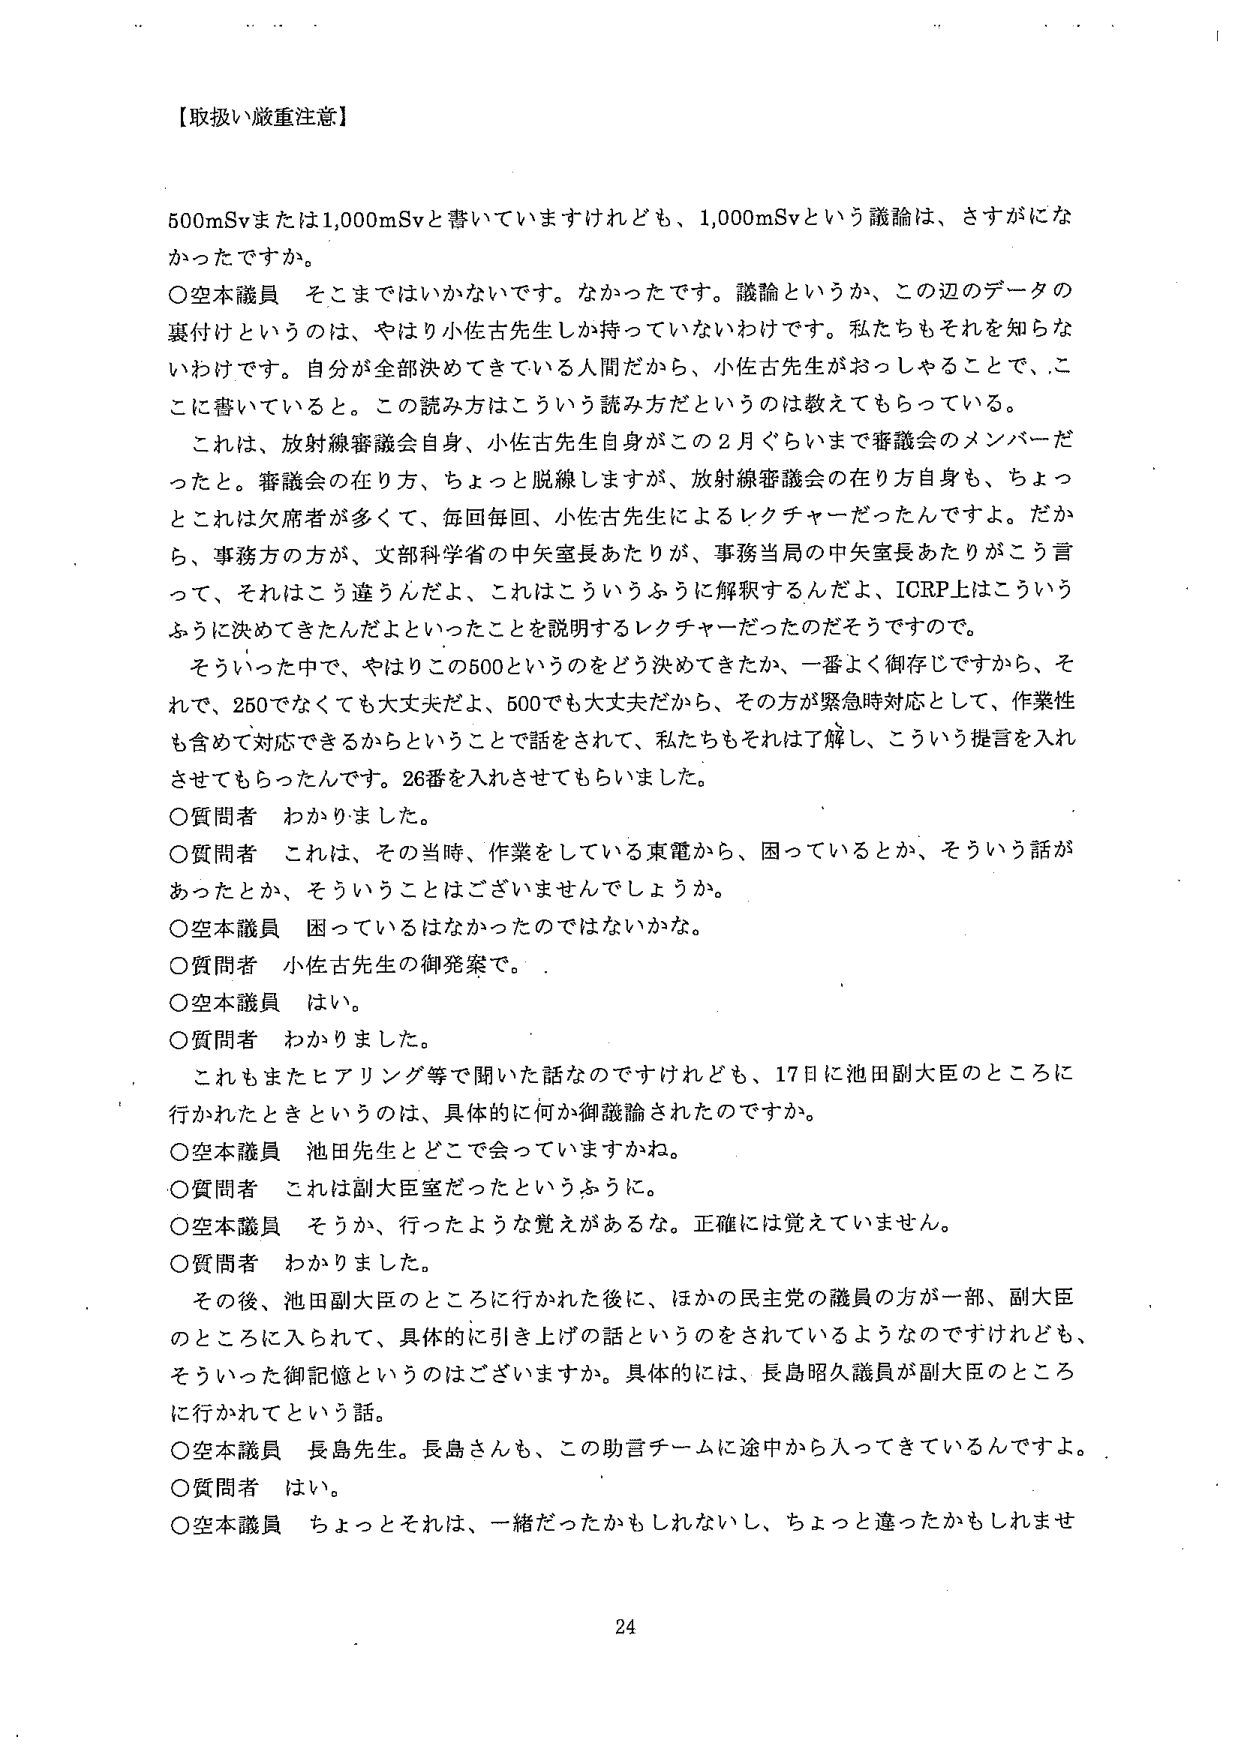
【取扱い厳重注意】

500mSvまたは1,000mSvと書いていますけれども、1,000mSvという議論は、さすがになかったですか。

○空本議員　そこまではいかないですね。なかったです。議論というか、この辺のデータの裏付けというのは、やはり小佐古先生しか持っていないわけです。私たちもそれを知らないわけです。自分が全部決めてきている人間だから、小佐古先生がおっしゃることで、ここに書いていると。この読み方はこういう読み方だというのは教えてもらっている。

これは、放射線審議会自身、小佐古先生自身がこの2月ぐらいまで審議会のメンバーだったと。審議会の在り方、ちょっと脱線しますが、放射線審議会の在り方自身も、ちょっとこれは欠席者が多くて、毎回毎回、小佐古先生によるレクチャーだったんですよ。だから、事務方の方が、文部科学省の中矢室長あたりが、事務当局の中矢室長あたりがこう言って、それはこう進うんだよ、これはこういうふうに解釈するんだよ、ICRP上はこういうふうに決めてきたんだよといったことを説明するレクチャーだったのだそうです。

そういった中で、やはりこの500というのをどう決めてきたか、一番よく御存じですから、それで、250でなくても大丈夫だよ、500でも大丈夫だから、その方が緊急時対応として、作業性も含めて対応できるからということで話がされて、私たちもそれは了解し、こういう提言を入れさせてもらったんです。26番を入れさせてもらいました。

○質問者　わかりました。

○質問者　これは、その当時、作業をしている東電から、困っているとか、そういう話があったとか、そういうことはございませんでしょうか。

○空本議員　困っているはなかったのではないでしょうか。

○質問者　小佐古先生の御発案で。

○空本議員　はい。

○質問者　わかりました。

これもまたヒアリング等で聞いた話なのですがけれども、17日に池田副大臣のところに行かれたときというのは、具体的に何か御議論されたのですか。

○空本議員　池田先生とどこで会っていますかね。

○質問者　これは副大臣室だったというふうに。

○空本議員　そうか、行ったような覚えがあるな。正確には覚えていません。

○質問者　わかりました。

その後、池田副大臣のところに行かれた後に、ほかの民主党の議員の方が一部、副大臣のところに入られて、具体的に引き上げの話というのをされているようなのですけれども、そういった御記憶というのはございますか。具体的には、長島昭久議員が副大臣のところに行かれてという話。

○空本議員　長島先生。長島さんも、この助言チームに途中から入ってきているんですよ。

○質問者　はい。

○空本議員　ちょっとそれは、一緒だったかもしれないし、ちょっと違ったかもしれませ

24